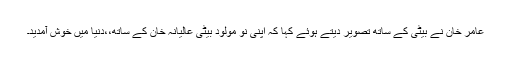
عامر خان نے بیٹی کے ساتھ تصویر دیتے ہوئے کہا کہ اپنی نو مولود بیٹی عالیانہ خان کے ساتھ،،دنیا میں خوش آمدید۔